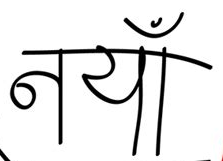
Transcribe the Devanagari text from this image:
नयाँ